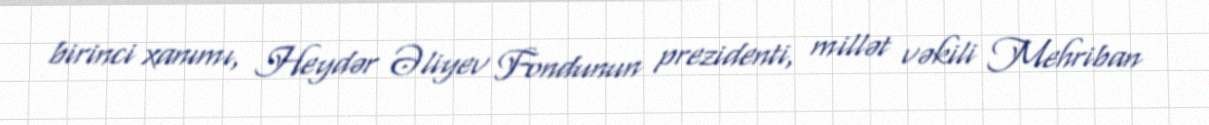
birinci xanımı, Heydər Əliyev Fondunun prezidenti, millət vəkili Mehriban